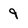
Character: 9